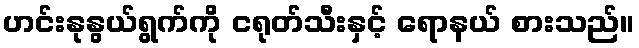
ဟင်းနုနွယ်ရွက်ကို ငရုတ်သီးနှင့် ရောနယ် စားသည်။